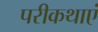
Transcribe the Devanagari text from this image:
परीकथाएं